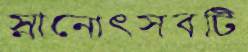
স্নানোৎসবটি